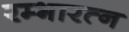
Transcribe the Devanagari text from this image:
रम्भारत्न